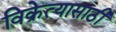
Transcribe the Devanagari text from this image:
विक्रेत्यासाठी